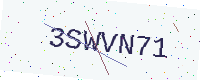
Text: 3SWVN71